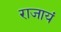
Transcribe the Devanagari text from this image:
राजायं